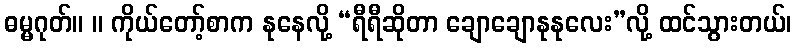
ဓမ္မဂုတ်။ ။ ကိုယ်တော့်စာက နုနေလို့ “ရီရီဆိုတာ ချောချောနုနုလေး”လို့ ထင်သွားတယ်၊